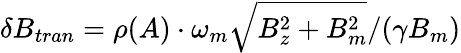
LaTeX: \delta B_{tran}=\rho(A)\cdot\omega_{m}\sqrt{B_{z}^{2}+B_{m}^{2}}/(\gamma B_{m})